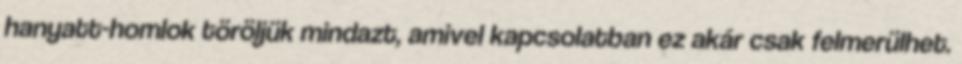
hanyatt-homlok töröljük mindazt, amivel kapcsolatban ez akár csak felmerülhet.